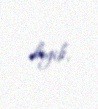
deyib.